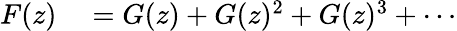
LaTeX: \begin{array}{rl}{F(z)}&{{}=G(z)+G(z)^{2}+G(z)^{3}+\cdots}\end{array}